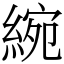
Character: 綩